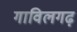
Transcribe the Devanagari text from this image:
गाविलगढ़